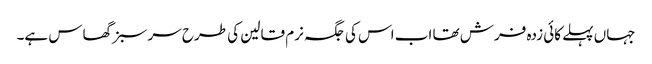
جہاں پہلے کائی زدہ فرش تھا اب اس کی جگہ نرم قالین کی طرح سر سبز گھاس ہے۔